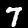
Label: 7